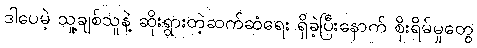
ဒါပေမဲ့ သူ့ချစ်သူနဲ့ ဆိုးရွားတဲ့ဆက်ဆံရေး ရှိခဲ့ပြီးနောက် စိုးရိမ်မှုတွေ